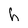
Character: h